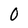
Character: 0